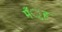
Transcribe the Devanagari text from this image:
मँुह